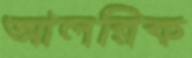
আলরিক